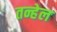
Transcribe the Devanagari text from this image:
तन्हेल